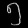
Digit: ၅